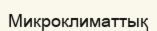
Микроклиматтық